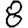
Digit: 8